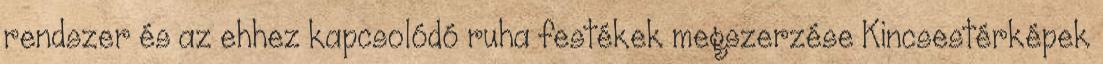
rendszer és az ehhez kapcsolódó ruha festékek megszerzése Kincsestérképek